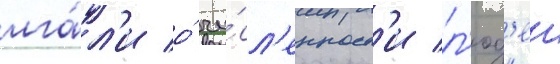
лга́л'и о́ чи́сл'енност'и л'юд'еи